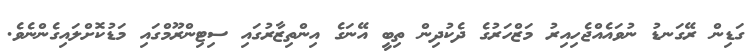
ގަޑިން ރޭގަނޑު ނުވައެއްޖެހިއިރު މަޒްހަރުގެ ދެކުދިން ތިބީ އޭނަގެ އިންތިޒާރުގައި ސިޓިންރޫމްގައި މަޑުކޮށްލައިގެންނެވެ.